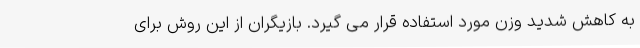
به کاهش شدید وزن مورد استفاده قرار می گیرد. بازیگران از این روش برای